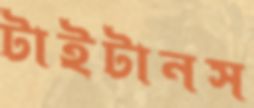
টাইটানস